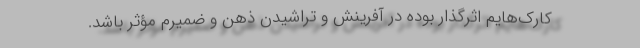
کارک‌هایم اثرگذار بوده در آفرینش و تراشیدن ذهن و ضمیرم مؤثر باشد.